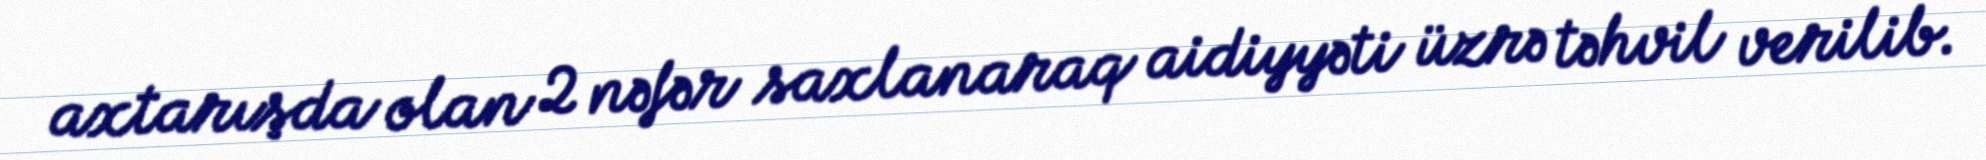
axtarışda olan 2 nəfər saxlanaraq aidiyyəti üzrə təhvil verilib.